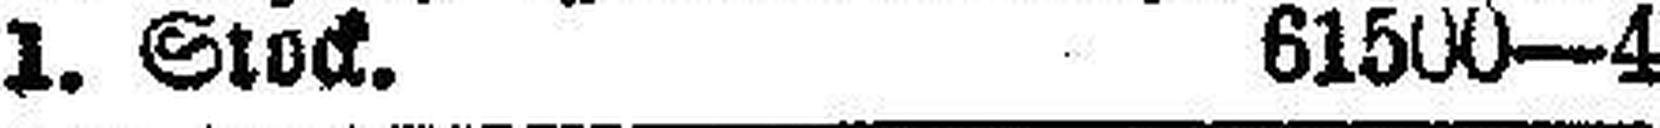
1. Stock. 61500—4